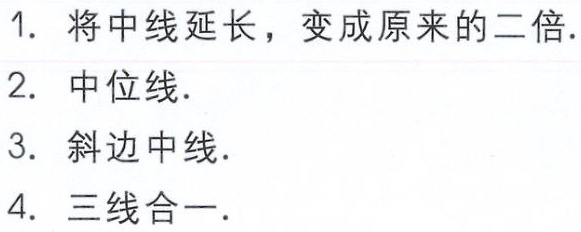
1. 将中线延长，变成原来的二倍.
2. 中位线.
3. 斜边中线.
4. 三线合一.